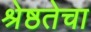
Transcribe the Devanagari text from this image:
श्रेष्ठतेचा